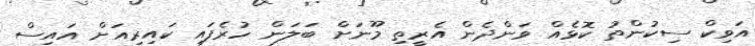
އަވިކް ސިކުންތު ކޮޅެއް ވަންދެން އެރީތި މޫނަށް ބަލަން ހުރެފައި ކައިރިއަށް އައިސް